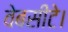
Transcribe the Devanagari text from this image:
वेबसीटे।